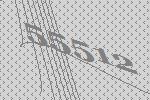
55512